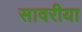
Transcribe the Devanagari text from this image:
सावरीया